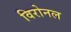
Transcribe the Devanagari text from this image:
विरोनल